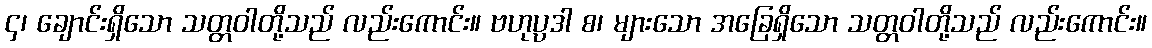
၄၊ ချောင်းရှိသော သတ္တဝါတို့သည် လည်းကောင်း။ ဗဟုပ္ပဒါ စ၊ များသော အခြေရှိသော သတ္တဝါတို့သည် လည်းကောင်း။